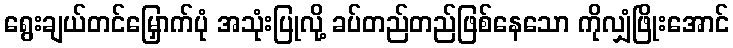
ရွေးချယ်တင်မြှောက်ပုံ အသုံးပြုလို့ ခပ်တည်တည်ဖြစ်နေသော ကိုလျှံဖြိုးအောင်